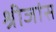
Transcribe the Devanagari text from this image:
श्रीजांस